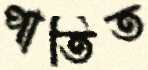
পাতিত